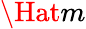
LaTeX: \Hat{m}